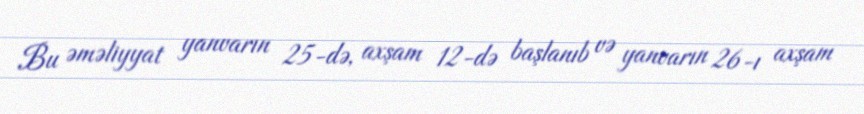
Bu əməliyyat yanvarın 25-də, axşam 12-də başlanıb və yanvarın 26-ı axşam